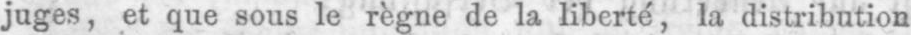
juges, et que sous le règne de la liberté, la distribution